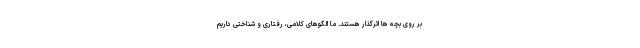
بر روی بچه ها اثرگذار هستند. ما الگوهای کلامی، رفتاری و شناختی داریم